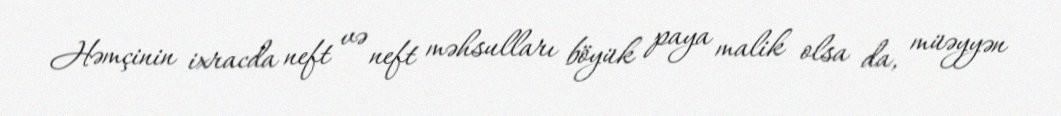
Həmçinin ixracda neft və neft məhsulları böyük paya malik olsa da, müəyyən